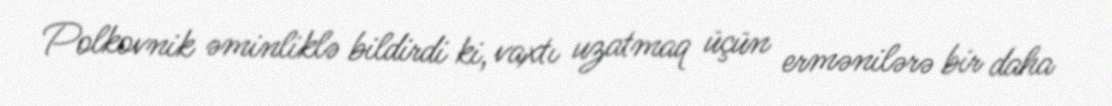
Polkovnik əminliklə bildirdi ki, vaxtı uzatmaq üçün ermənilərə bir daha